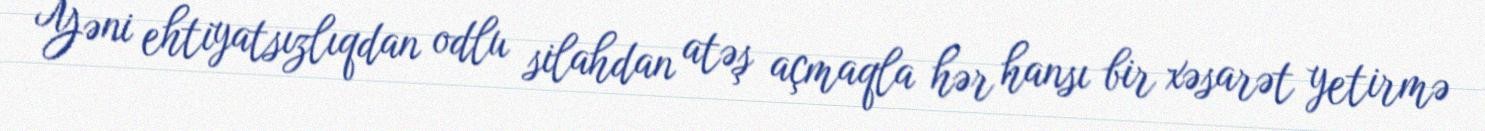
Yəni ehtiyatsızlıqdan odlu silahdan atəş açmaqla hər hansı bir xəsarət yetirmə